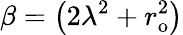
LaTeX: \beta=\left(2\lambda^{2}+r_{\mathrm{{o}}}^{2}\right)